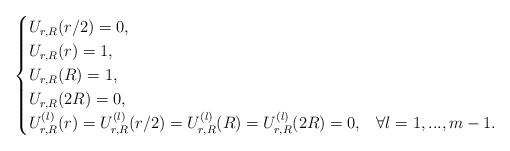
LaTeX: \begin{align*}\begin{cases}U_{r,R}(r/2)=0, & \\U_{r,R}(r)=1, &\\U_{r,R}(R)=1,&\\U_{r,R}(2R)=0,&\\U_{r,R}^{(l)}(r)=U_{r,R}^{(l)}(r/2)=U_{r,R}^{(l)}(R)=U_{r,R}^{(l)}(2R)=0,& \forall l=1,...,m-1.\end{cases}\end{align*}